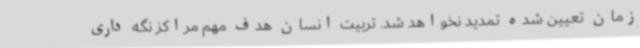
زمان تعیین شده تمدید نخواهد شد. تربیت انسان هدف مهم مراکز نگه داری